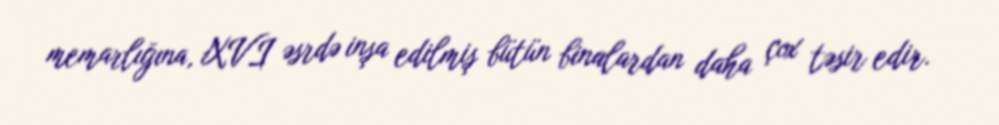
memarlığına, XVI əsrdə inşa edilmiş bütün binalardan daha çox təsir edir.